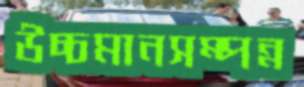
উচ্চমানসম্পন্ন